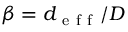
\beta = d _ { \mathrm { ~ e ~ f ~ f ~ } } / D